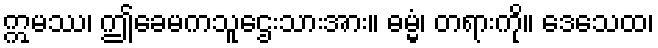
ဣမဿ၊ ဤခေမကသူဌေးသားအား။ ဓမ္မံ၊ တရားကို။ ဒေသေထ၊